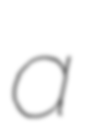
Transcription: a